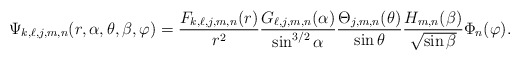
\begin{align*}\Psi_{k,\ell,j,m,n} (r,\alpha,\theta ,\beta,\varphi )=\frac{F_{k,\ell,j,m,n}(r)}{r^2} \frac{G_{\ell,j,m,n}(\alpha)}{\sin^{3/2} \alpha} \frac{\Theta_{j,m,n} (\theta )}{\sin\theta } \frac{H_{m,n}(\beta)}{\sqrt{\sin \beta}}\Phi_n (\varphi ). \end{align*}